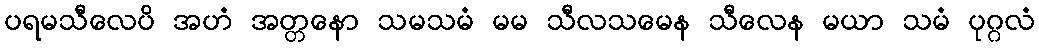
ပရမသီလေပိ အဟံ အတ္တနော သမသမံ မမ သီလသမေန သီလေန မယာ သမံ ပုဂ္ဂလံ